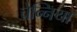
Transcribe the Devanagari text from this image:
चेन्निया